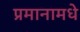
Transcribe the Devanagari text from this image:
प्रमानामधे